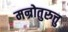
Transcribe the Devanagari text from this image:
मन्रोतुरुत्तु